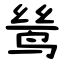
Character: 鸶